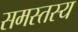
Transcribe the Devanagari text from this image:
समस्तस्य